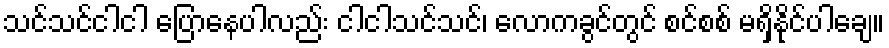
သင်သင်ငါငါ ပြောနေပါလည်း ငါငါသင်သင်၊ လောကခွင်တွင် စင်စစ် မရှိနိုင်ပါချေ။